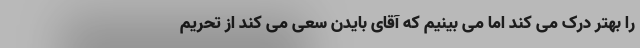
را بهتر درک می کند اما می بینیم که آقای بایدن سعی می کند از تحریم